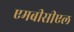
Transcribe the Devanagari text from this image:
एमबीसीएल